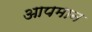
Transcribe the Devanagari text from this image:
आपमान